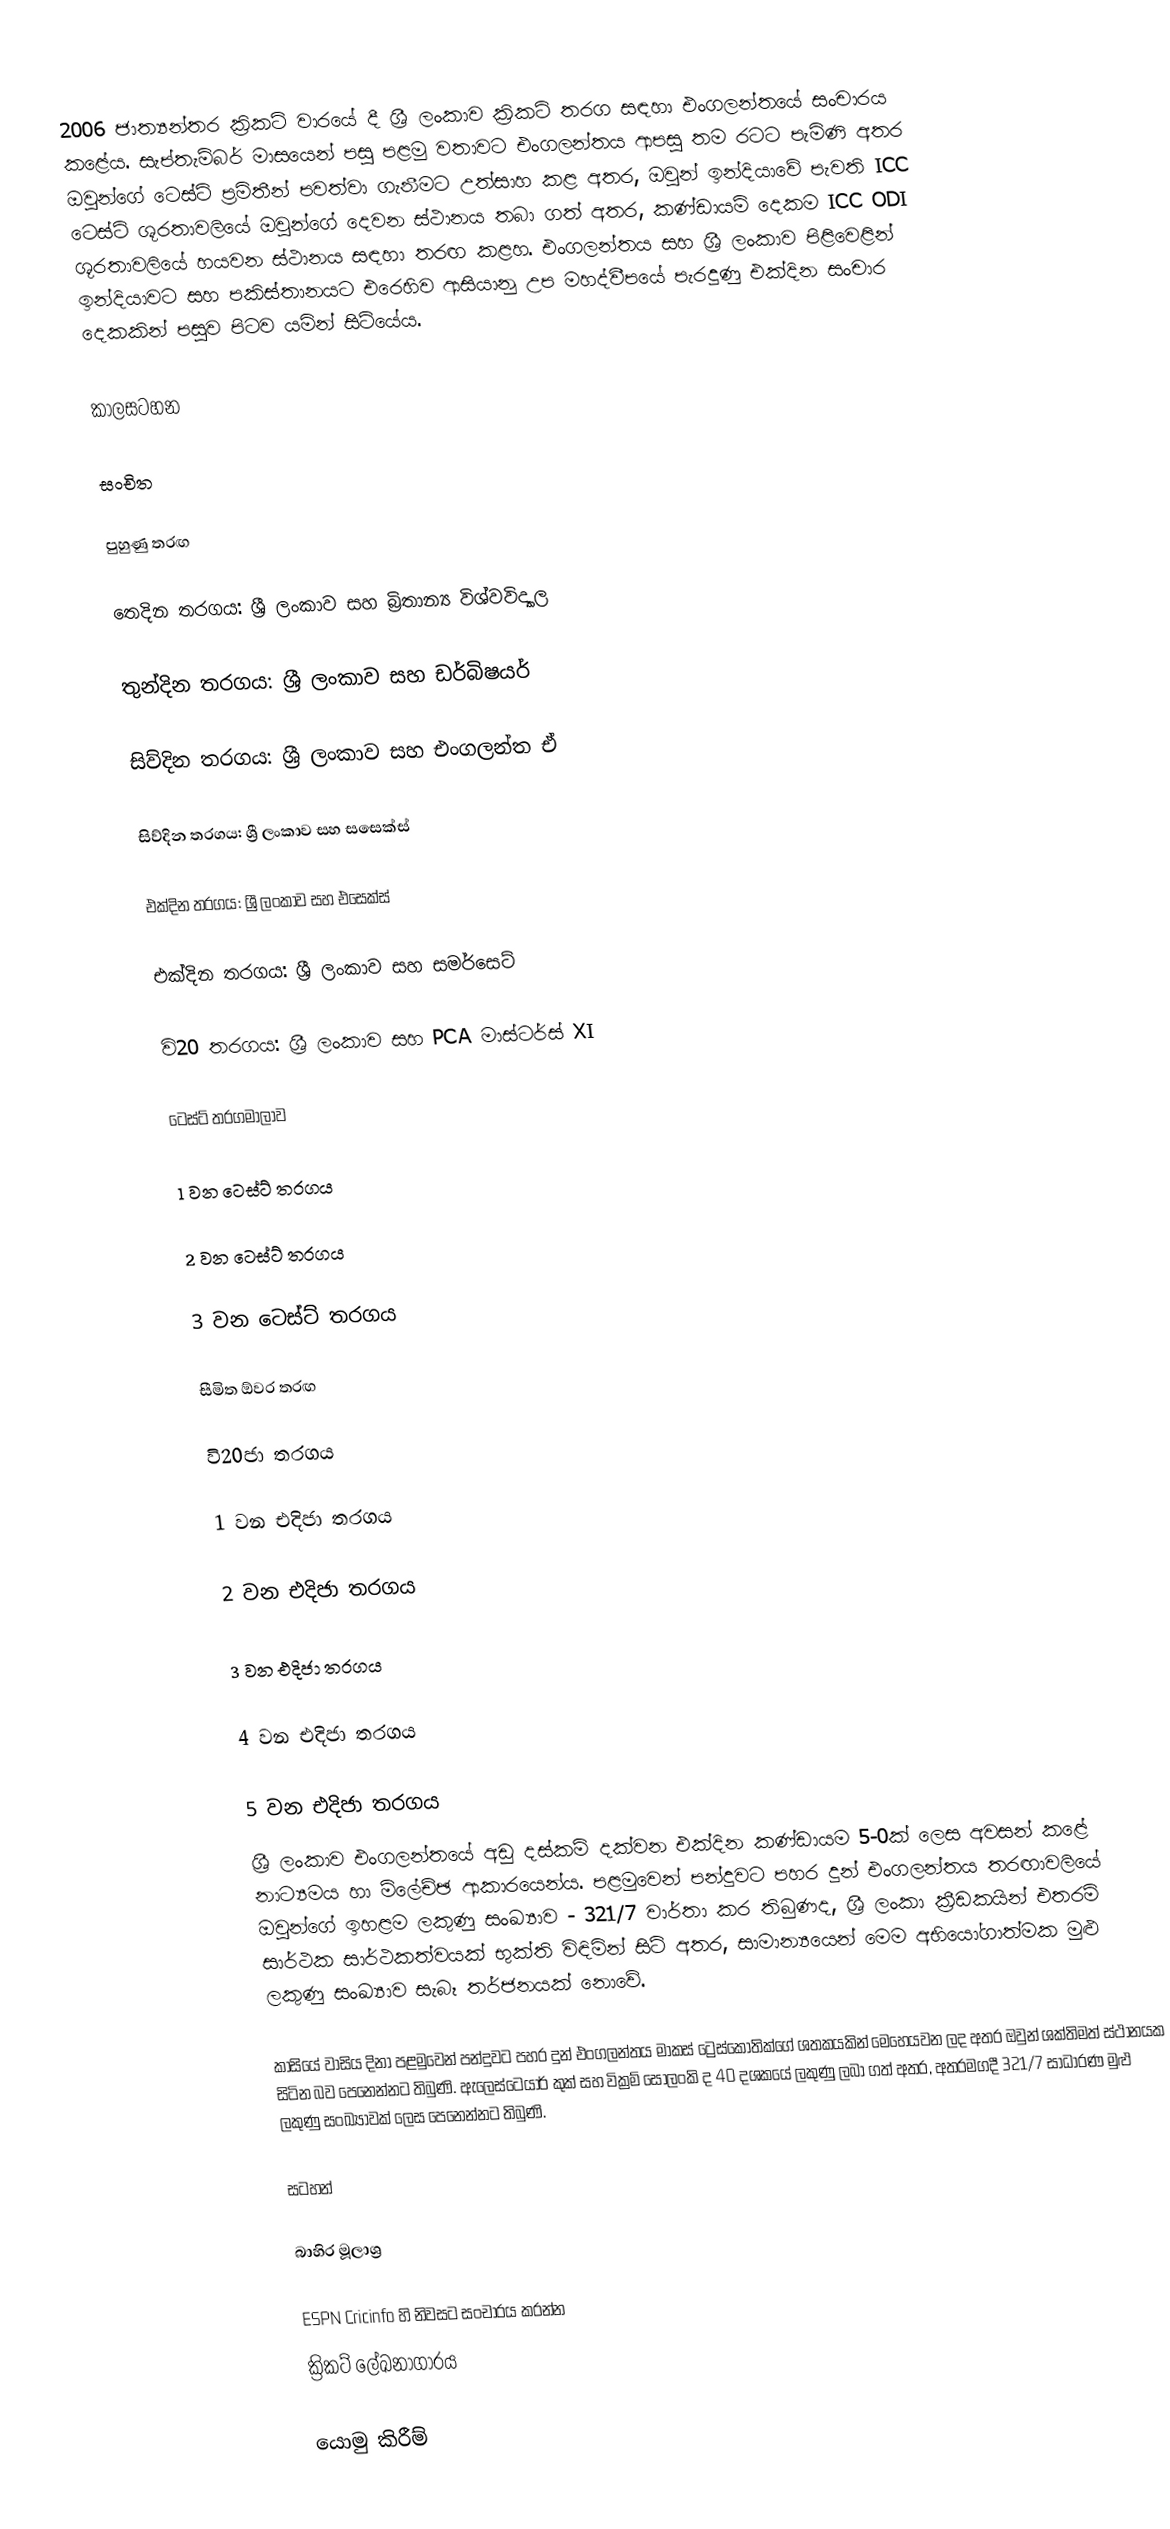
2006 ජාත්‍යන්තර ක්‍රිකට් වාරයේ දී ශ්‍රී ලංකාව ක්‍රිකට් තරග සඳහා එංගලන්තයේ සංචාරය කළේය. සැප්තැම්බර් මාසයෙන් පසු පළමු වතාවට එංගලන්තය ආපසු තම රටට පැමිණි අතර ඔවුන්ගේ ටෙස්ට් ප්‍රමිතීන් පවත්වා ගැනීමට උත්සාහ කළ අතර, ඔවුන් ඉන්දියාවේ පැවති ICC ටෙස්ට් ශූරතාවලියේ ඔවුන්ගේ දෙවන ස්ථානය තබා ගත් අතර, කණ්ඩායම් දෙකම ICC ODI ශූරතාවලියේ හයවන ස්ථානය සඳහා තරඟ කළහ. එංගලන්තය සහ ශ්‍රී ලංකාව පිළිවෙළින් ඉන්දියාවට සහ පකිස්තානයට එරෙහිව ආසියානු උප මහද්වීපයේ පැරදුණු එක්දින සංචාර දෙකකින් පසුව පිටව යමින් සිටියේය.

කාලසටහන

සංචිත

පුහුණු තරඟ

තෙදින තරගය: ශ්‍රී ලංකාව සහ බ්‍රිතාන්‍ය විශ්වවිද්‍යාල

තුන්දින තරගය: ශ්‍රී ලංකාව සහ ඩර්බිෂයර්

සිව්දින තරගය: ශ්‍රී ලංකාව සහ එංගලන්ත ඒ

සිව්දින තරගය: ශ්‍රී ලංකාව සහ සසෙක්ස්

එක්දින තරගය: ශ්‍රී ලංකාව සහ එසෙක්ස්

එක්දින තරගය: ශ්‍රී ලංකාව සහ සමර්සෙට්

වි20 තරගය: ශ්‍රී ලංකාව සහ PCA මාස්ටර්ස් XI

ටෙස්ට් තරගමාලාව

1 වන ටෙස්ට් තරගය

2 වන ටෙස්ට් තරගය

3 වන ටෙස්ට් තරගය

සීමිත ඕවර තරඟ

වි20ජා තරගය

1 වන එදිජා තරගය

2 වන එදිජා තරගය

3 වන එදිජා තරගය

4 වන එදිජා තරගය

5 වන එදිජා තරගය
ශ්‍රී ලංකාව එංගලන්තයේ අඩු දස්කම් දක්වන එක්දින කණ්ඩායම 5-0ක් ලෙස අවසන් කළේ නාට්‍යමය හා ම්ලේච්ඡ ආකාරයෙන්ය. පළමුවෙන් පන්දුවට පහර දුන් එංගලන්තය තරඟාවලියේ ඔවුන්ගේ ඉහළම ලකුණු සංඛ්‍යාව - 321/7 වාර්තා කර තිබුණද, ශ්‍රී ලංකා ක්‍රීඩකයින් එතරම් සාර්ථක සාර්ථකත්වයක් භුක්ති විඳිමින් සිටි අතර, සාමාන්‍යයෙන් මෙම අභියෝගාත්මක මුළු ලකුණු සංඛ්‍යාව සැබෑ තර්ජනයක් නොවේ.

කාසියේ වාසිය දිනා පළමුවෙන් පන්දුවට පහර දුන් එංගලන්තය මාකස් ට්‍රෙස්කොතික්ගේ ශතකයකින් මෙහෙයවන ලද අතර ඔවුන් ශක්තිමත් ස්ථානයක සිටින බව පෙනෙන්නට තිබුණි. ඇලෙස්ටෙයාර් කුක් සහ වික්‍රම් සෝලංකි ද 40 දශකයේ ලකුණු ලබා ගත් අතර, අතරමගදී 321/7 සාධාරණ මුළු ලකුණු සංඛ්‍යාවක් ලෙස පෙනෙන්නට තිබුණි.

සටහන්

බාහිර මූලාශ්‍ර

 ESPN Cricinfo හි නිවසට සංචාරය කරන්න
 ක්‍රිකට් ලේඛනාගාරය

යොමු කිරීම්